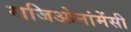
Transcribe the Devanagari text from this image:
राजिओनांमेंसी